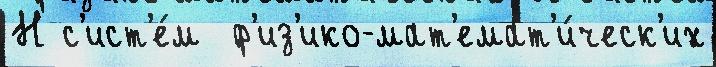
Н с'ист'е́м  ф'из'ико-мат'емат'и́ческ'их